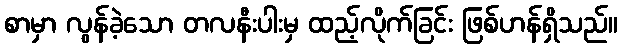
စာမှာ လွန်ခဲ့သော တလနီးပါးမှ ထည့်လိုက်ခြင်း ဖြစ်ဟန်ရှိသည်။